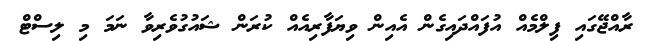
ރާއްޖޭގައި ފިލްމެއް އުފައްދައިގެން އެއިން ވިޔަފާރިއެއް ކުރަން ޝައުގުވެރިވާ ނަމަ މި ލިސްޓް